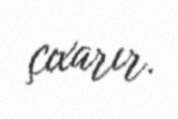
çıxarır.